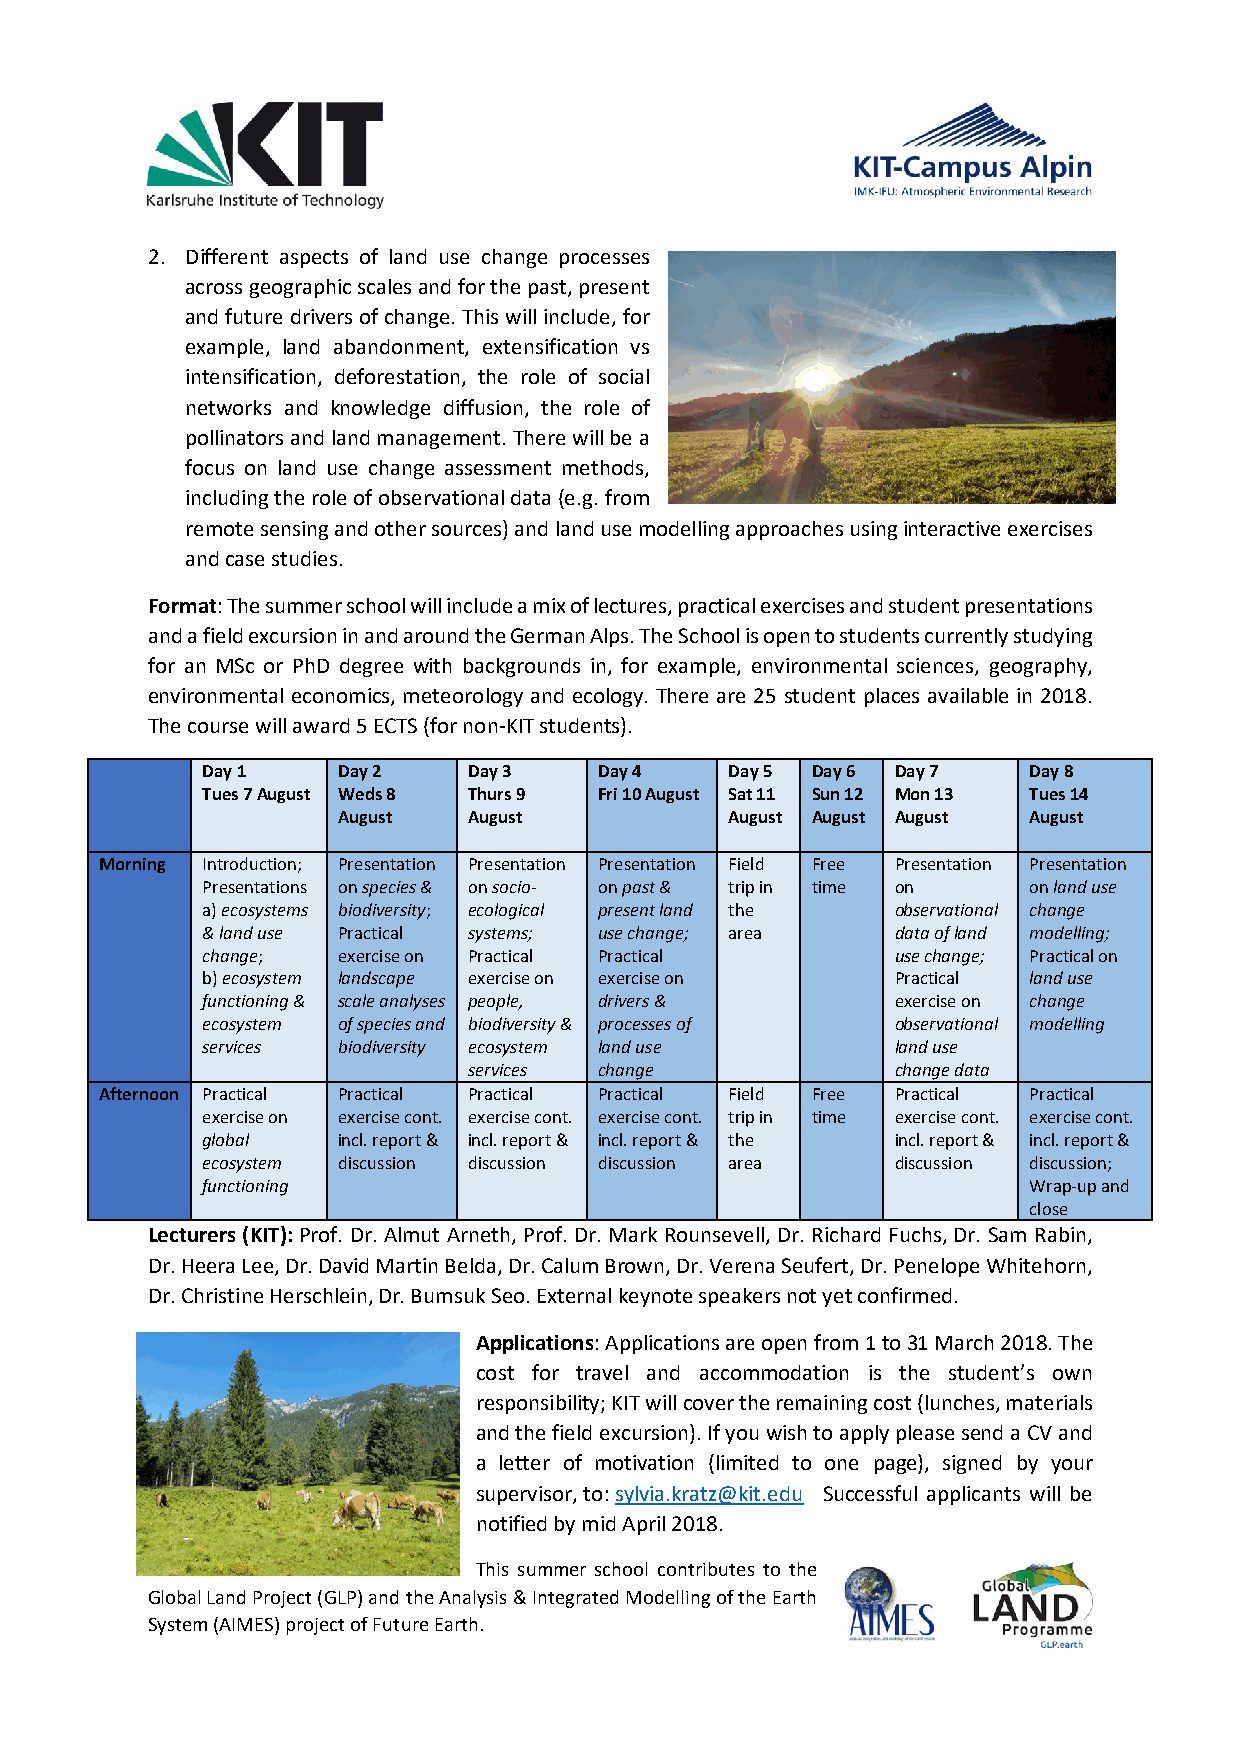
2. Different aspects of land use change processes
 across geographic scales and for the past, present
 and future drivers of change. This will include, for
 example, land abandonment, extensification vs
 intensification, deforestation, the role of social
 networks and knowledge diffusion, the role of
 pollinators and land management. There will be a
 focus on land use change assessment methods,
 including the role of observational data (e.g. from
 remote sensing and other sources) and land use modelling approaches using interactive exercises
 and case studies.
 Format: The summer school will include a mix of lectures, practical exercises and student presentations
 and a field excursion in and around the German Alps. The School is open to students currently studying
 for an MSc or PhD degree with backgrounds in, for example, environmental sciences, geography,
 environmental economics, meteorology and ecology. There are 25 student places available in 2018.
 The course will award 5 ECTS (for non-KIT students).
 Day 1    Day 2    Day 3    Day 4   Day 5 Day 6 Day 7   Day 8
 Tues 7 August Weds 8 Thurs 9 Fri 10 August Sat 11 Sun 12 Mon 13 Tues 14
 August   August           August August August August
 Morning Introduction; Presentation Presentation Presentation Field Free Presentation Presentation
 Presentations on species & on socio- on past & trip in time on on land use
 a) ecosystems biodiversity; ecological present land the observational change
 & land use Practical systems; use change; area data of land modelling;
 change;  exercise on Practical Practical      use change; Practical on
 b) ecosystem landscape exercise on exercise on Practical land use
 functioning & scale analyses people, drivers & exercise on change
 ecosystem of species and biodiversity & processes of observational modelling
 services biodiversity ecosystem land use      land use
 services change             change data
 Afternoon Practical Practical Practical Practical Field Free Practical Practical
 exercise on exercise cont. exercise cont. exercise cont. trip in time exercise cont. exercise cont.
 global   incl. report & incl. report & incl. report & the incl. report & incl. report &
 ecosystem discussion discussion discussion area discussion discussion;
 functioning                                            Wrap-up and
 close
 Lecturers (KIT): Prof. Dr. Almut Arneth, Prof. Dr. Mark Rounsevell, Dr. Richard Fuchs, Dr. Sam Rabin,
 Dr. Heera Lee, Dr. David Martin Belda, Dr. Calum Brown, Dr. Verena Seufert, Dr. Penelope Whitehorn,
 Dr. Christine Herschlein, Dr. Bumsuk Seo. External keynote speakers not yet confirmed.
 Applications: Applications are open from 1 to 31 March 2018. The
 cost for travel and accommodation is the student’s own
 responsibility; KIT will cover the remaining cost (lunches, materials
 and the field excursion). If you wish to apply please send a CV and
 a letter of motivation (limited to one page), signed by your
 supervisor, to: sylvia.kratz@kit.edu Successful applicants will be
 notified by mid April 2018.
 This summer school contributes to the
 Global Land Project (GLP) and the Analysis & Integrated Modelling of the Earth
 System (AIMES) project of Future Earth.